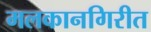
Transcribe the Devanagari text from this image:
मलकानगिरीत